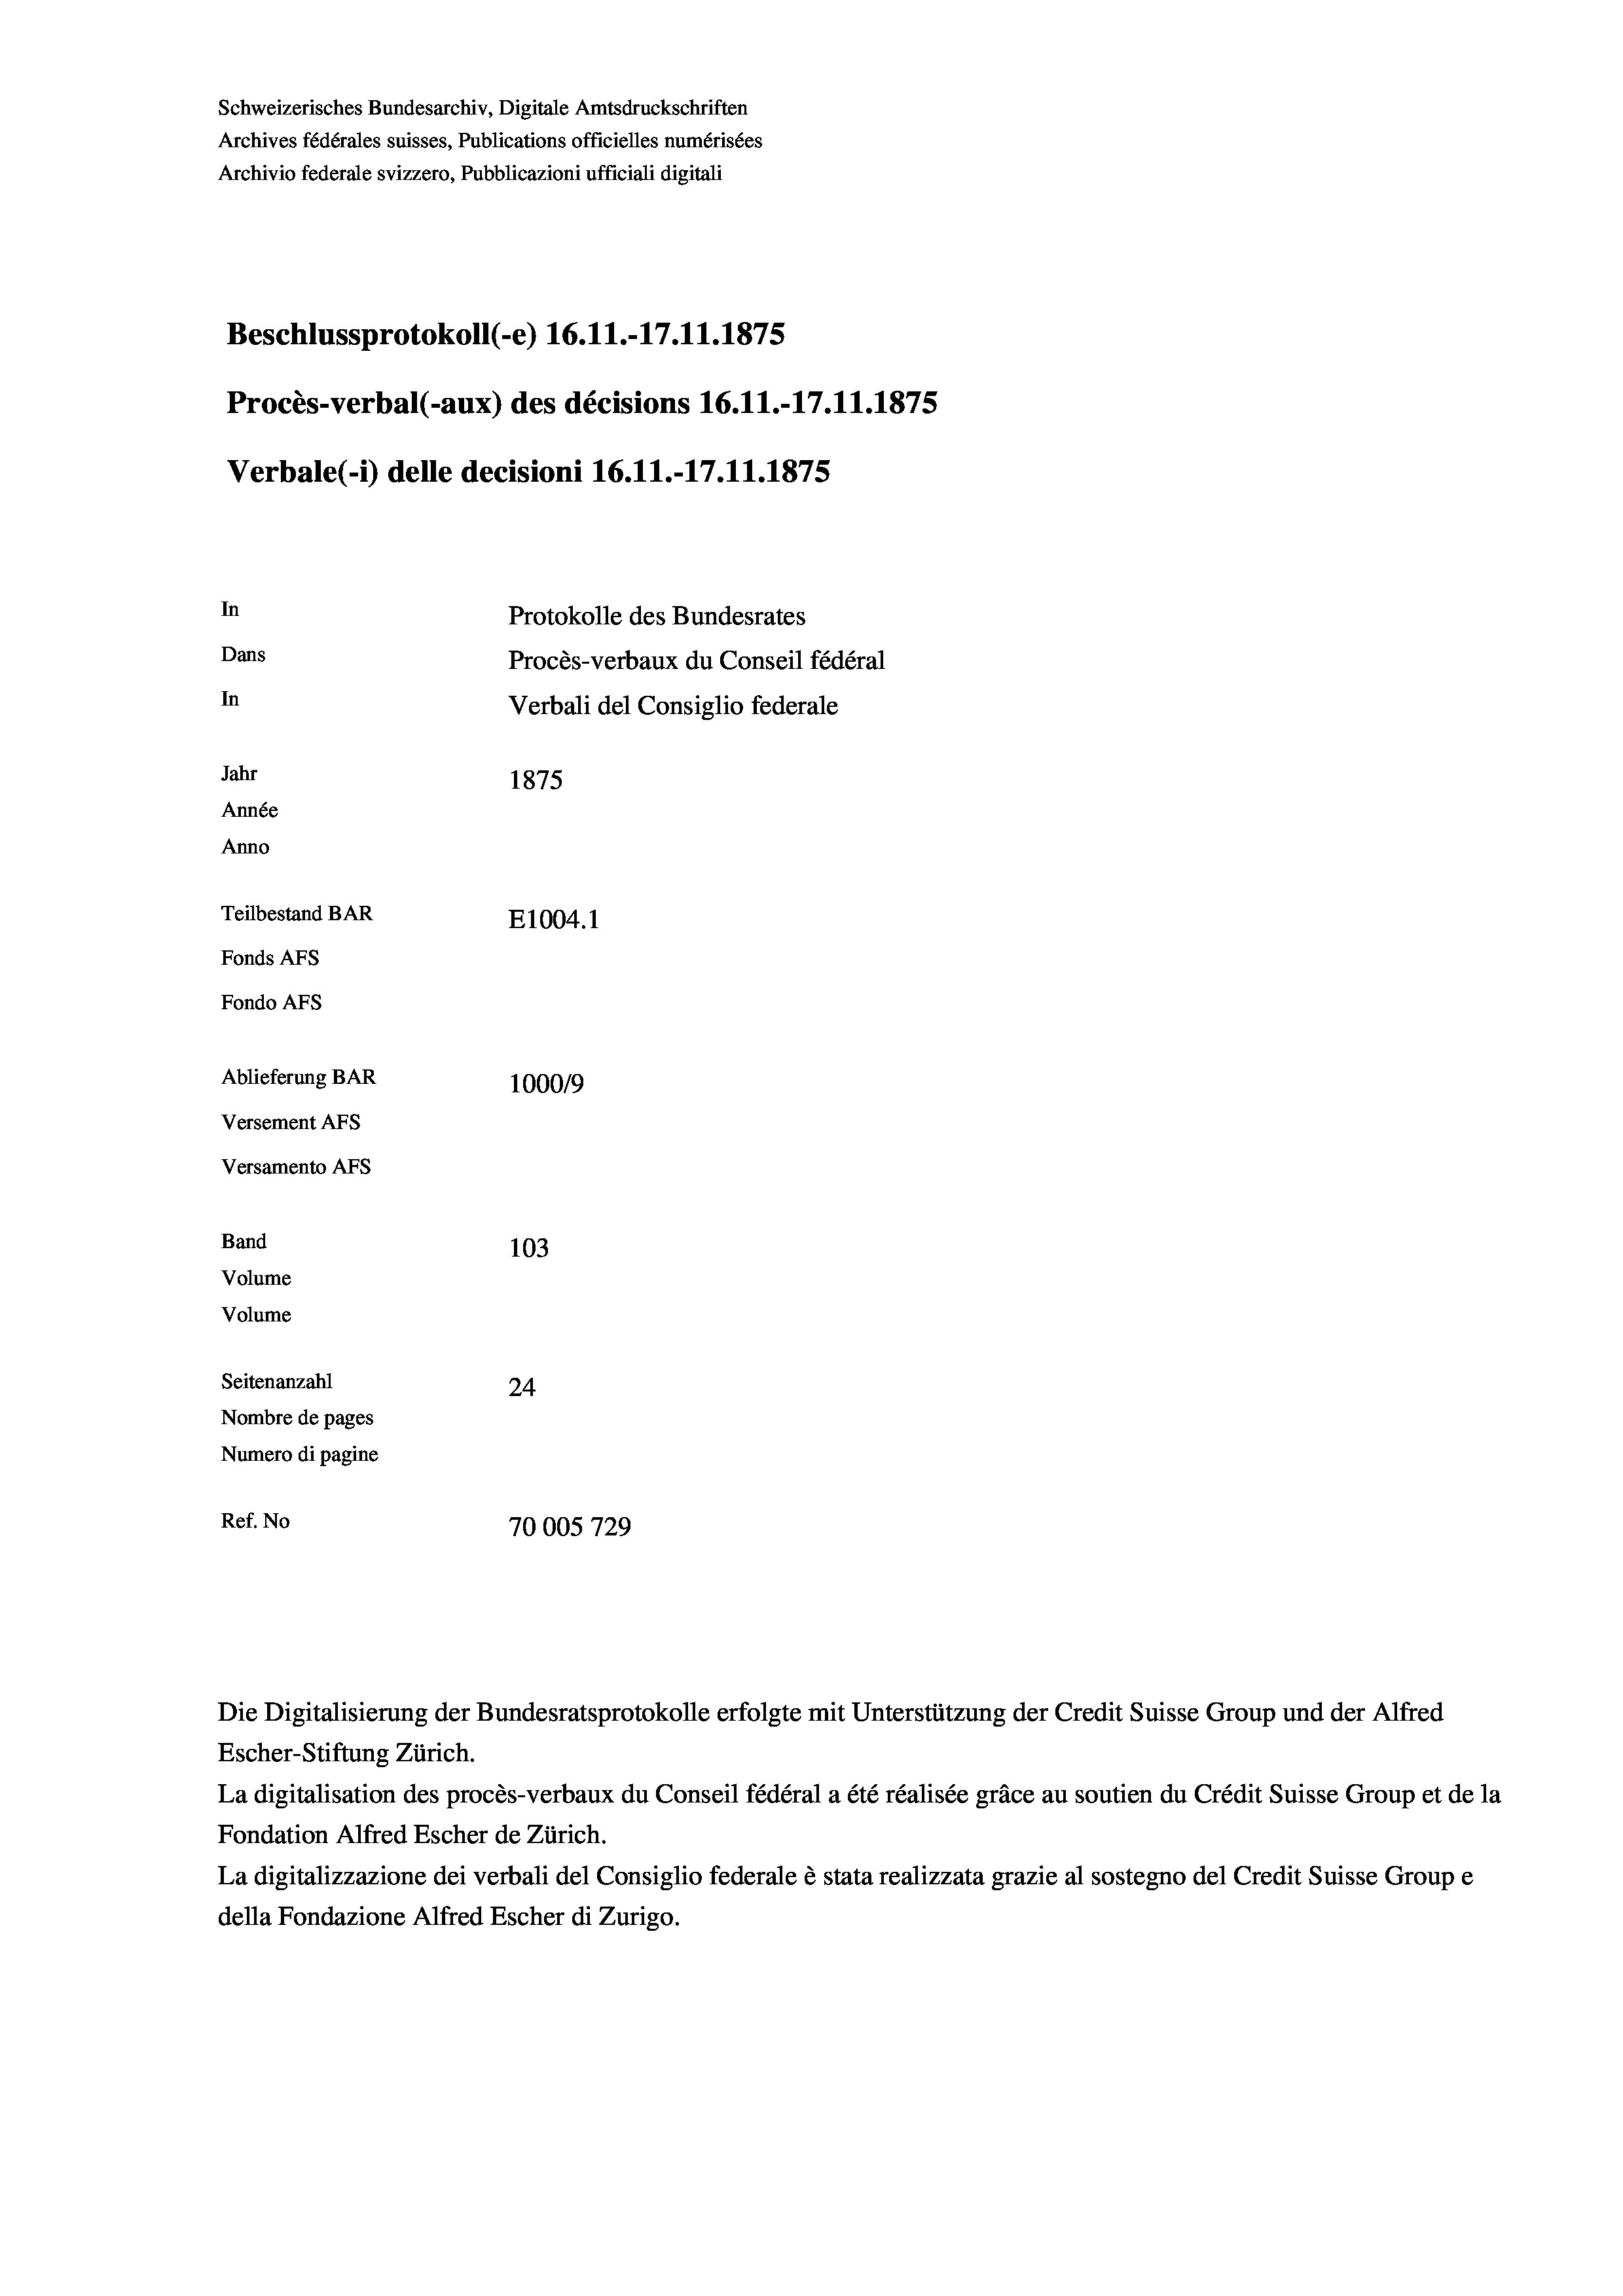
Schweizerisches Bundesarchiv, Digitale Amtsdruckschriften
Archives fédérales suisses, Publications officielles numérisées
Archivio federale svizzero, Pubblicazioni ufficiali digitali
Beschlussprotokoll (e) 16.11.-17.11.1875
Procès-verbal (-aux) des décisions 16.11.-17.11.1875
Verbale(-*) delle decisioni 16.11.-17.11.1875
In
Protokolle des Bundesrates
Dans
Procès-verbaux du Conseil fédéral
In
Verbali del Consiglio federale
Jahr
1875
Année
Anno
Teilbestand BAR
E1004. 1
Fonds AFs
Fondo AFs
Ablieferung BAR
1000/9
Versement Abs
Versamento AFS
Band
103
Volume
Volume

Seitenanzahl
24
Nombre de pages
Numero di pagine
Ref. No
70005729

Die Digitalisierung der Bundesratsprotokolle erfolgte mit Unterstützung der Credit Suisse Group und der Alfred
Escher-Stiftung Zürich.
La digitalisation des procès-verbaux du Conseil fédéral a été réalisée gräce au soutien du Crédit Suisse Group et de la
Fondation Alfred Escher de Zürich.
La digitalizzazione dei verbali del Consiglio federale è stata realizzata grazie al sostegno del Credit Suisse Groupe
della Fondazione Alfred Escher di Zurigo.